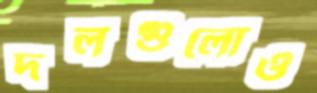
দলগুলোও